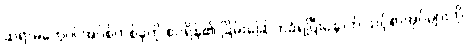
ဆရာမတွေပါ အပ်စ်တစ်ခုကို စပရိန်၏ ခြိမ်းခြောက်ခံရပြီးနောက် သင့်စာအုပ်များကို